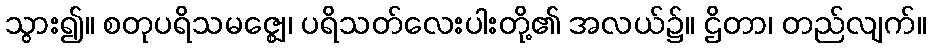
သွား၍။ စတုပရိသမဇ္ဈေ၊ ပရိသတ်လေးပါးတို့၏ အလယ်၌။ ဌိတာ၊ တည်လျက်။